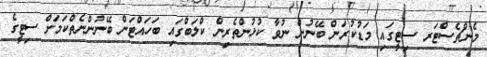
މެންޗެސްޓަރ ސިޓީގައި މަޑުކުރަން ބޭނުން ނުވާ ކުޅުންތެރިން ކްލަބްގައި ބަހައްޓަން ބޭނުންނެތްކަމަށް ސިޓީގެ